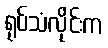
ရုပ်သံလိုင်းက